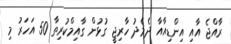
ރާއްޖެ އާއި އިންޑިއާއާ ދެމެދު ހާރިޖީ ގުޅުން ގާއިމްކުރިތާ 50 އަހަރު މި